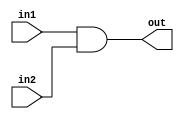
module bit32AND (out,in1,in2);
 input [31:0] in1,in2;
 output [31:0] out;
 assign {out}=in1 &in2;
endmodule

/*
module tb32bitand;
 reg [31:0] IN1,IN2;
 wire [31:0] OUT;
 bit32AND a1 (OUT,IN1,IN2);
 initial
 begin
 IN1=32'hA5A5;
 IN2=32'h5A5A;
 #10 $display("%b %b %b",IN1,IN2,OUT);
 #100 IN1=32'h5A5A;
 #10 $display("%b %b %b",IN1,IN2,OUT);
 #400 $finish;
 end
endmodule
*/